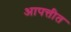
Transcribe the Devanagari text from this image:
आपत्तीत